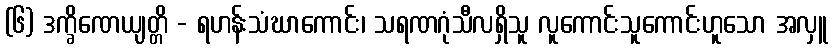
(၆) ဒက္ခိဏေယျတ္တိ - ရဟန်းသံဃာကောင်း၊ သရဏဂုံသီလရှိသူ လူကောင်းသူကောင်းဟူသော အလှူ